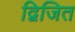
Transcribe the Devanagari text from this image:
द्विजित